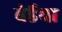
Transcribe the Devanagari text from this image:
बेर्डेंचा